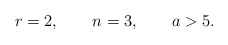
\begin{align*}r=2, \qquad n=3, \qquad a>5.\end{align*}